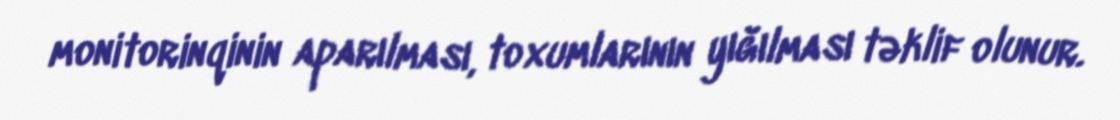
monitorinqinin aparılması, toxumlarının yığılması təklif olunur.